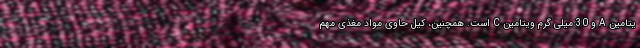
یتامین A و 30 میلی گرم ویتامین C است. همچنین، کیل حاوی مواد مغذی مهم